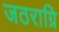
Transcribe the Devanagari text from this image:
जठराग्रि